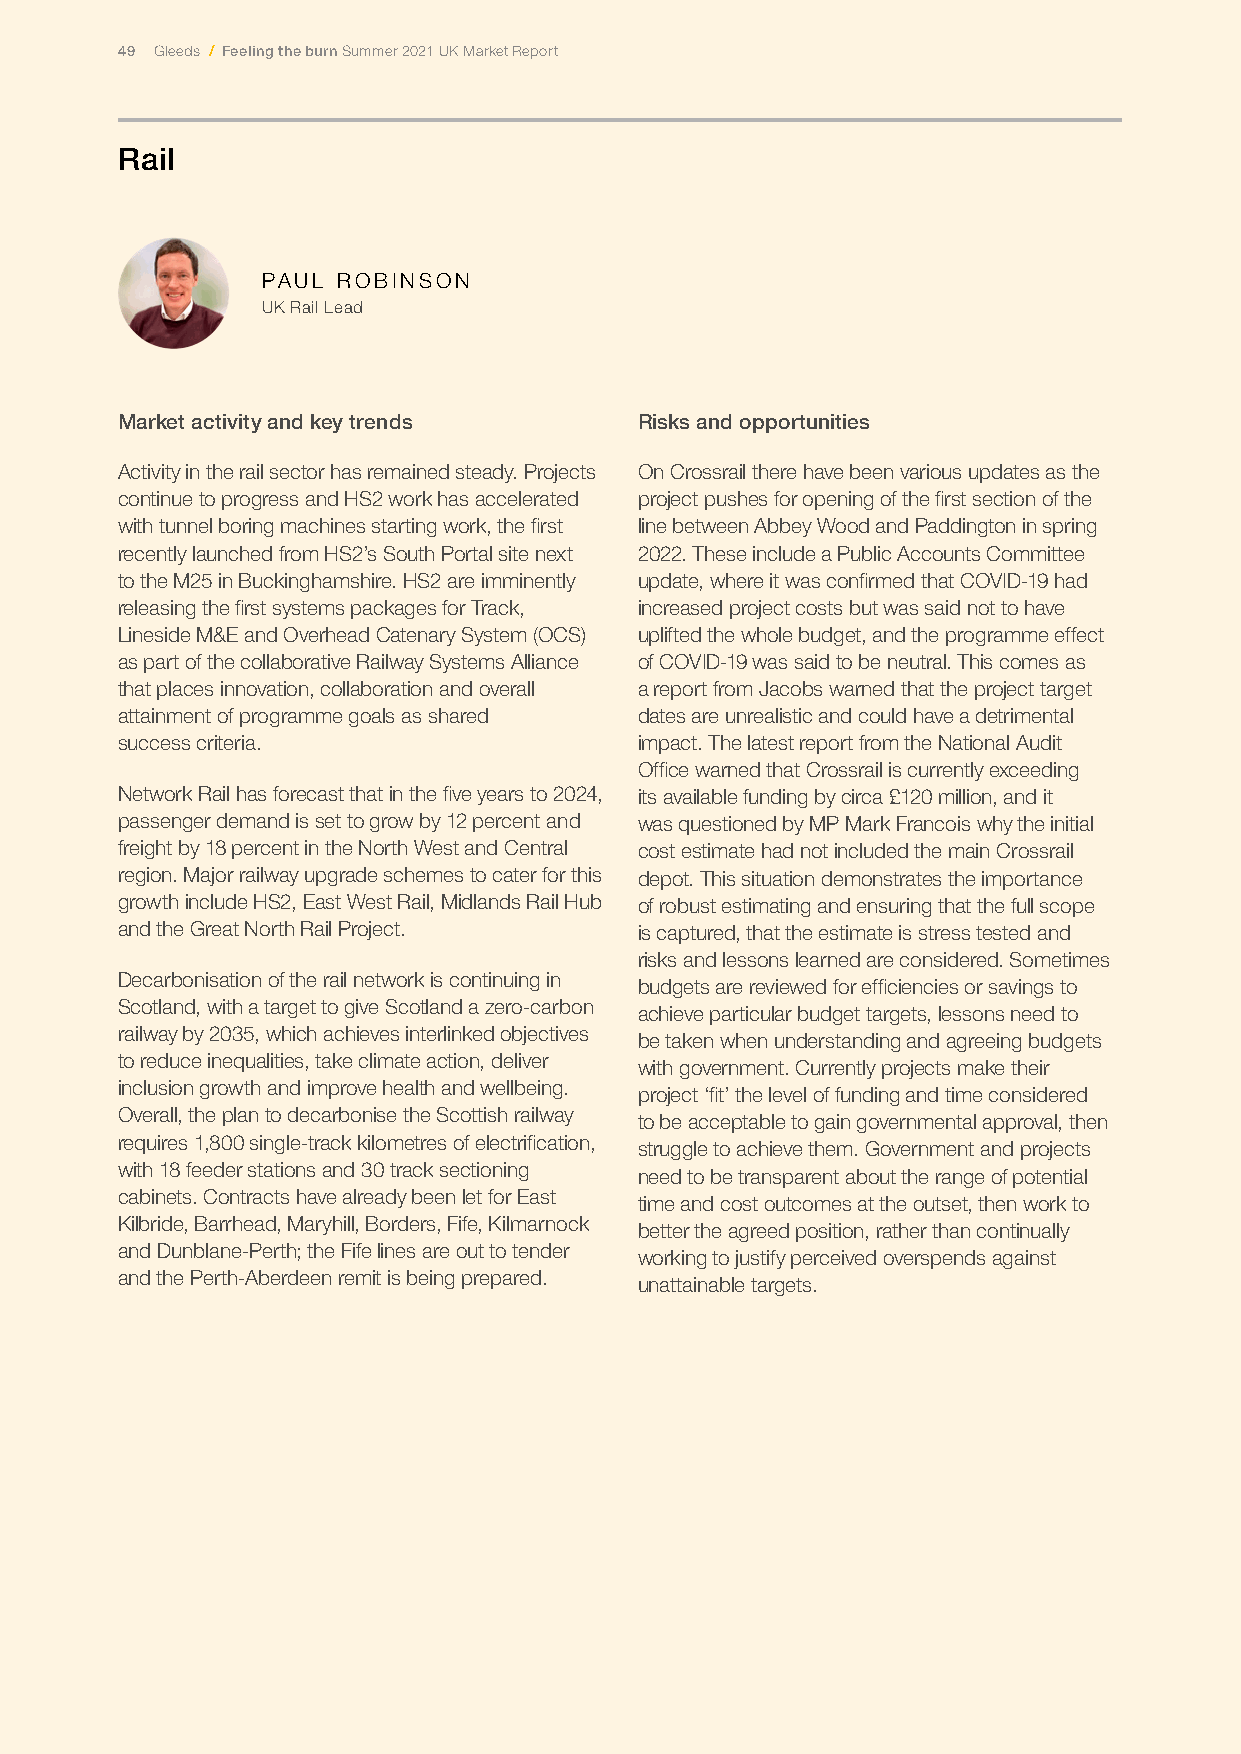
49 Gleeds / Feeling the burn Summer 2021 UK Market Report
 Rail
 PAUL ROBINSON
 UK Rail Lead
 Market activity and key trends    Risks and opportunities
 Activity in the rail sector has remained steady. Projects On Crossrail there have been various updates as the
 continue to progress and HS2 work has accelerated project pushes for opening of the first section of the
 with tunnel boring machines starting work, the first line between Abbey Wood and Paddington in spring
 recently launched from HS2’s South Portal site next 2022. These include a Public Accounts Committee
 to the M25 in Buckinghamshire. HS2 are imminently update, where it was confirmed that COVID-19 had
 releasing the first systems packages for Track, increased project costs but was said not to have
 Lineside M&E and Overhead Catenary System (OCS) uplifted the whole budget, and the programme effect
 as part of the collaborative Railway Systems Alliance of COVID-19 was said to be neutral. This comes as
 that places innovation, collaboration and overall a report from Jacobs warned that the project target
 attainment of programme goals as shared dates are unrealistic and could have a detrimental
 success criteria.                 impact. The latest report from the National Audit
 Office warned that Crossrail is currently exceeding
 Network Rail has forecast that in the five years to 2024, its available funding by circa £120 million, and it
 passenger demand is set to grow by 12 percent and was questioned by MP Mark Francois why the initial
 freight by 18 percent in the North West and Central cost estimate had not included the main Crossrail
 region. Major railway upgrade schemes to cater for this depot. This situation demonstrates the importance
 growth include HS2, East West Rail, Midlands Rail Hub of robust estimating and ensuring that the full scope
 and the Great North Rail Project. is captured, that the estimate is stress tested and
 risks and lessons learned are considered. Sometimes
 Decarbonisation of the rail network is continuing in
 budgets are reviewed for efficiencies or savings to
 Scotland, with a target to give Scotland a zero-carbon
 achieve particular budget targets, lessons need to
 railway by 2035, which achieves interlinked objectives
 be taken when understanding and agreeing budgets
 to reduce inequalities, take climate action, deliver
 with government. Currently projects make their
 inclusion growth and improve health and wellbeing.
 project ‘fit’ the level of funding and time considered
 Overall, the plan to decarbonise the Scottish railway
 to be acceptable to gain governmental approval, then
 requires 1,800 single-track kilometres of electrification,
 struggle to achieve them. Government and projects
 with 18 feeder stations and 30 track sectioning
 need to be transparent about the range of potential
 cabinets. Contracts have already been let for East
 time and cost outcomes at the outset, then work to
 Kilbride, Barrhead, Maryhill, Borders, Fife, Kilmarnock
 better the agreed position, rather than continually
 and Dunblane-Perth; the Fife lines are out to tender
 working to justify perceived overspends against
 and the Perth-Aberdeen remit is being prepared.
 unattainable targets.